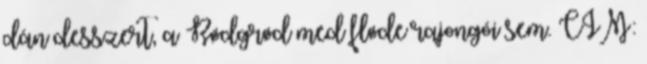
dán desszert, a Rødgrød med fløde rajongói sem. CÍM: